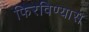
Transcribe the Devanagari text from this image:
फिरविण्यास